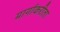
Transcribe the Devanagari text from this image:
मार्गाकरीता